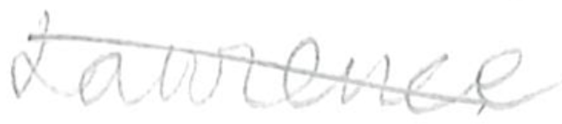
Text: Lawrence
Cross-out: diagonal
Writing tool: pencil